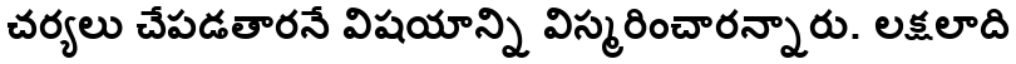
చర్యలు చేపడతారనే విషయాన్ని విస్మరించారన్నారు. లక్షలాది